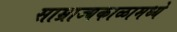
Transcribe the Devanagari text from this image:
साम्राज्यकाळामध्ये